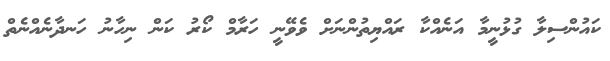
ކައުންސިލާ ގުޅުނީމާ އަނެއްކާ ރައްޔިތުންނަށް ވެވޭނީ ހަރާމް ކޯރު ކަން ނިހާނު ހަނދާނެއްނެތް